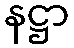
နဋ္ဌာ